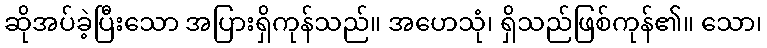
ဆိုအပ်ခဲ့ပြီးသော အပြားရှိကုန်သည်။ အဟေသုံ၊ ရှိသည်ဖြစ်ကုန်၏။ သော၊